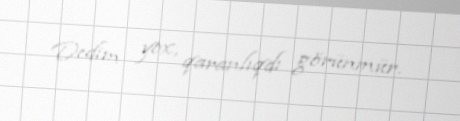
Dedim yox, qaranlıqdı görünmür.